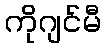
ကိုဂျင်မီ